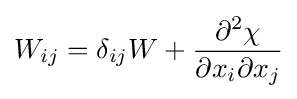
W_{ij}=\delta _{ij}W+{\frac {\partial ^{2}\chi }{\partial x_{i}\partial x_{j}}}